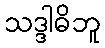
သဒ္ဒါဓိဘူ